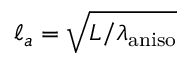
\ell _ { a } = \sqrt { L / \lambda _ { \mathrm { a n i s o } } }